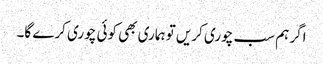
اگر ہم سب چوری کریں تو ہماری بھی کوئی چوری کرے گا۔